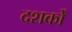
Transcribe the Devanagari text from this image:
दशर्कों